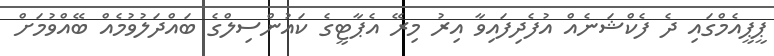
ޕީޕީއެމްގައި ދެ ފެކްޝަނެއް އުފެދިފައިވާ އިރު މިރޭ އެޕާޓީގެ ކައުންސިލްގެ ބައްދަލުވުމެއް ބޭއްވުމަށް